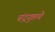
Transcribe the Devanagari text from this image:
चंद्रगुप्तचे